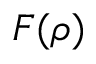
F ( \rho )